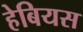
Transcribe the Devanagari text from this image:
हेबियस